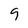
Character: 9